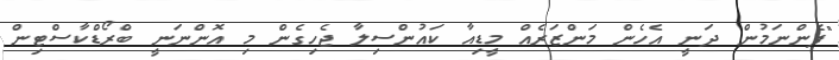
"ފެންނަމުން ދަނީ އެހެން މަންޒަރެއް މީޑިއާ ކައުންސިލާ ޖެހިގެން މި އޮންނަނީ ބްރޯޑްކާސްޓިން